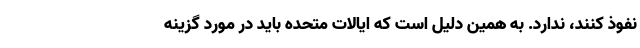
نفوذ کنند، ندارد. به همین دلیل است که ایالات متحده باید در مورد گزینه